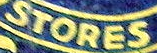
STORES